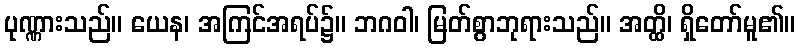
ပုဏ္ဏားသည်။ ယေန၊ အကြင်အရပ်၌။ ဘဂဝါ၊ မြတ်စွာဘုရားသည်။ အတ္ထိ၊ ရှိတော်မူ၏။